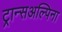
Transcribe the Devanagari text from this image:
ट्रान्सअल्पिना